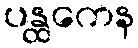
ပန္ထကေန